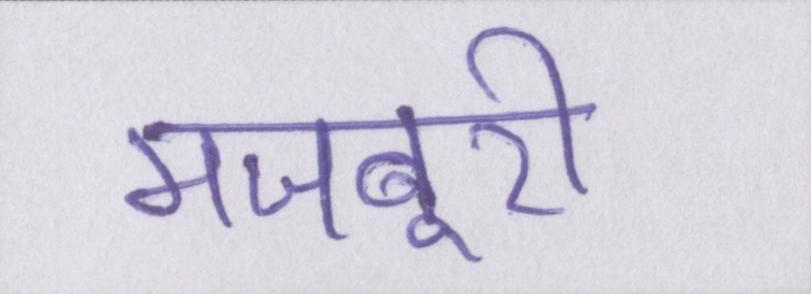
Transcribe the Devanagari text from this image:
मजबूरी